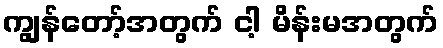
ကျွန်တော့်အတွက် ငါ့ မိန်းမအတွက်